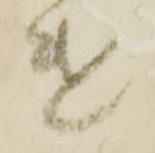
遣